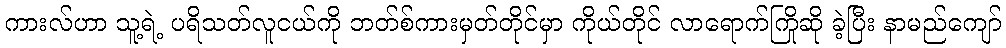
ကားလ်ဟာ သူ့ရဲ့ ပရိသတ်လူငယ်ကို ဘတ်စ်ကားမှတ်တိုင်မှာ ကိုယ်တိုင် လာရောက်ကြိုဆို ခဲ့ပြီး နာမည်ကျော်